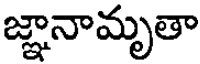
జ్ఞానామృతా